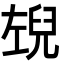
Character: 𭘉